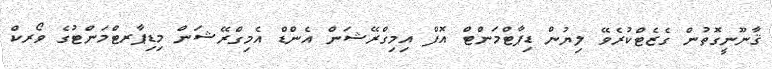
ޤާނޫނީގޮތުން ގެޒެޓްކުރެވޭ ލިޔުން ޑިޕާޓްމަންޓް އޮފް އިމިގްރޭޝަން އެންޑް އެމިގްރޭޝަން މިޑިޕާރޓްމަންޓުގެ ވޯރކް